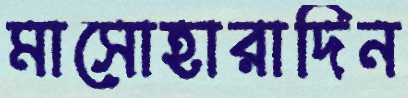
মাসোহারাদিন